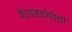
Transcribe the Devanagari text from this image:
बेशानकोविची